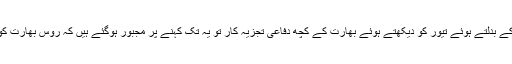
روس کے بدلتے ہوئے تیور کو دیکھتے ہوئے بھارت کے کچھ دفاعی تجزیہ کار تو یہ تک کہنے پر مجبور ہوگئے ہیں کہ روس بھارت کو ایس ۔